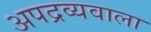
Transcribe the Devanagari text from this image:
अपद्रव्यवाला